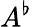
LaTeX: A^{\flat}